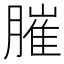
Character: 膗